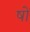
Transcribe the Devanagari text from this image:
षों